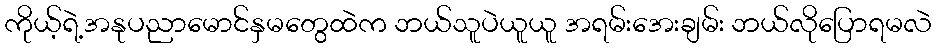
ကိုယ့်ရဲ့အနုပညာမောင်နှမတွေထဲက ဘယ်သူပဲယူယူ အရမ်းအေးချမ်း ဘယ်လိုပြောရမလဲ